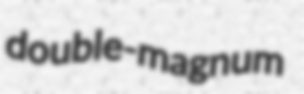
double-magnum